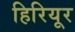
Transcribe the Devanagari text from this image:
हिरियूर